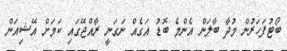
ބޯޓުފަހަރުން މުދާ ބާލަން އެންމެ ބޮޑު އަގެއް ނަގަނީ ރާއްޖޭގައި ކަމަށް އޭޝިއަން